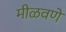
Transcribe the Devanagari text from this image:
मीळवणे